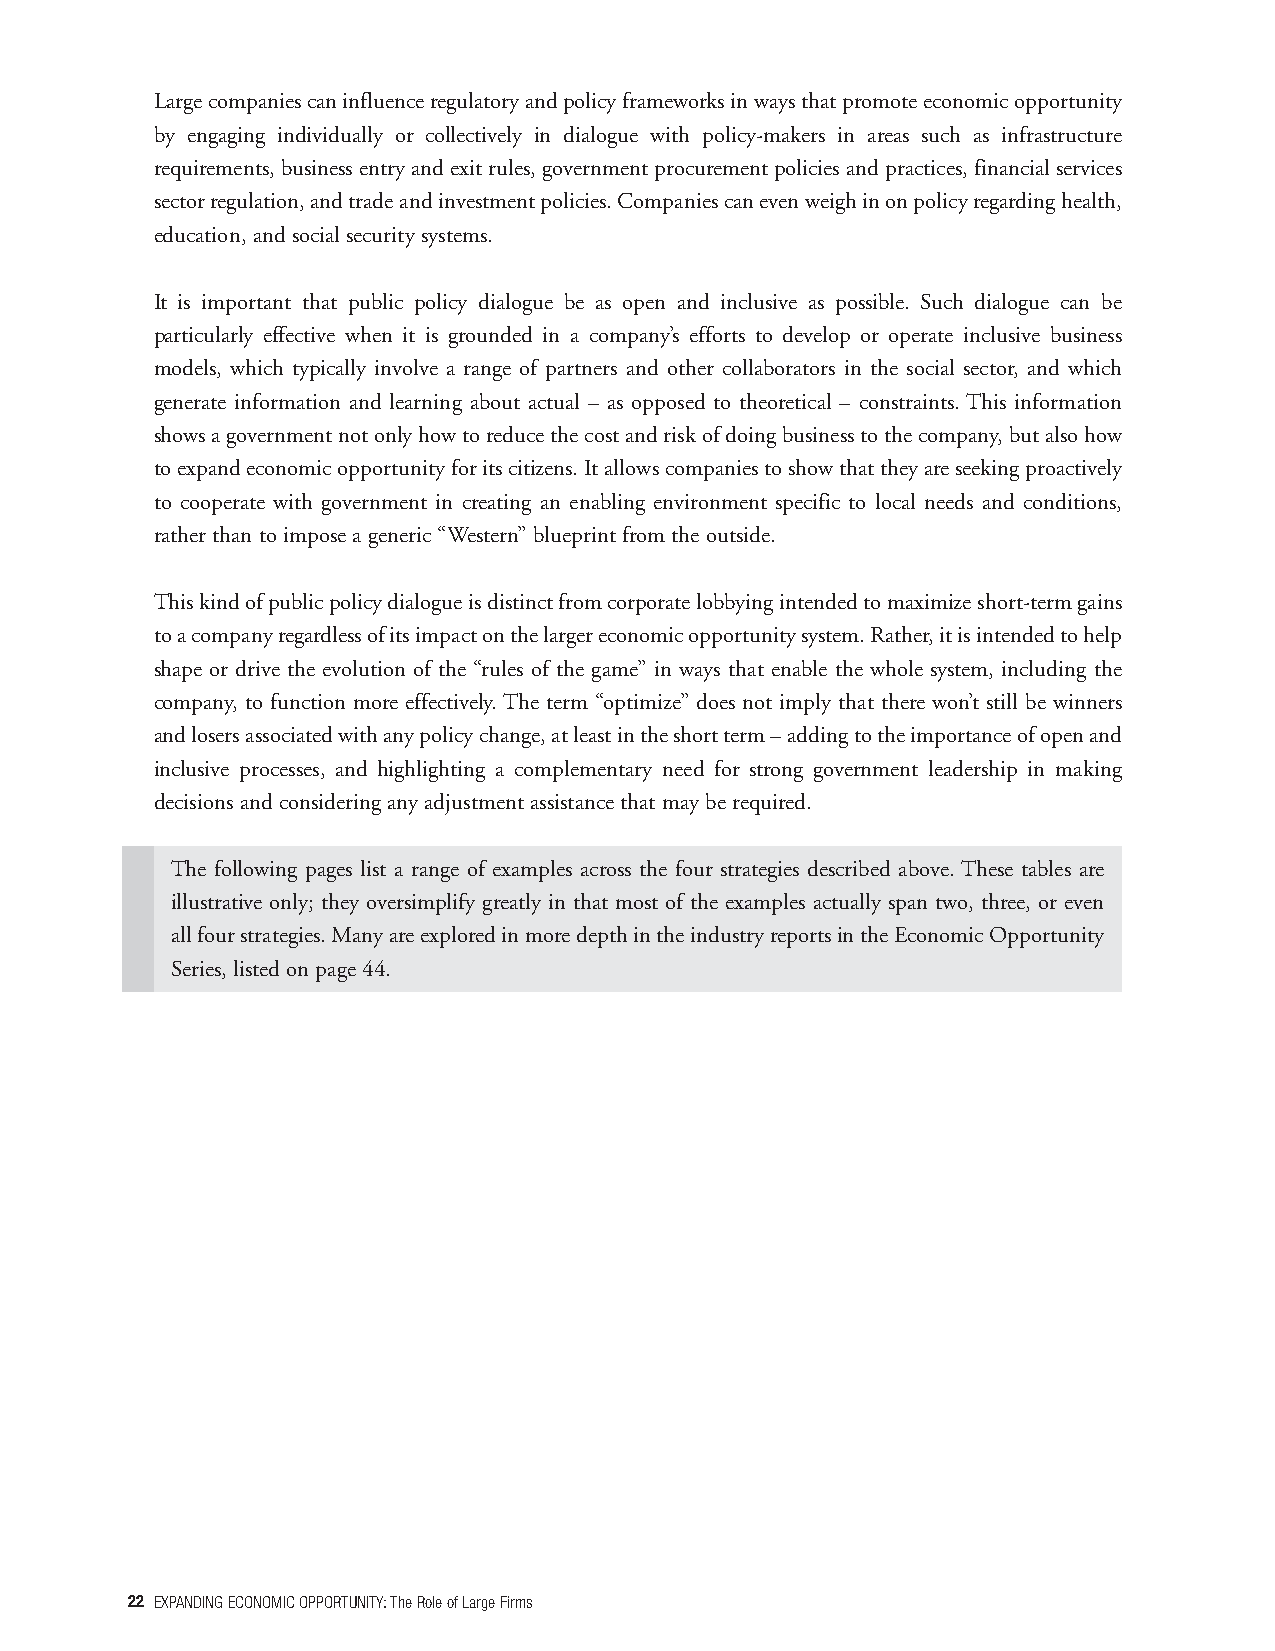
Largecompaniescaninfluenceregulatoryandpolicyframeworksinwaysthatpromoteeconomicopportunity
 by engaging individually or collectively in dialogue with policy-makers in areas such as infrastructure
 requirements,businessentryandexitrules,governmentprocurementpoliciesandpractices,financialservices
 sectorregulation,andtradeandinvestmentpolicies.Companiescanevenweighinonpolicyregardinghealth,
 education, and social security systems.
 It is important that public policy dialogue be as open and inclusive as possible. Such dialogue can be
 particularly effective when it is grounded in a company’s efforts to develop or operate inclusive business
 models, which typically involve a range of partners and other collaborators in the social sector, and which
 generate information and learning about actual – as opposed to theoretical – constraints. This information
 showsagovernmentnotonlyhowtoreducethecostandriskofdoingbusinesstothecompany,butalsohow
 toexpandeconomicopportunityforitscitizens.Itallowscompaniestoshowthattheyareseekingproactively
 to cooperate with government in creating an enabling environment specific to local needs and conditions,
 rather than to impose a generic “Western” blueprint from the outside.
 Thiskindofpublicpolicydialogueisdistinctfromcorporatelobbyingintendedtomaximizeshort-termgains
 toacompanyregardlessofitsimpactonthelargereconomicopportunitysystem.Rather,itisintendedtohelp
 shape or drive the evolution of the “rules of the game” in ways that enable the whole system, including the
 company, to function more effectively.The term “optimize” does not imply that there won’t still be winners
 andlosersassociatedwithanypolicychange,atleastintheshortterm–addingtotheimportanceofopenand
 inclusive processes, and highlighting a complementary need for strong government leadership in making
 decisions and considering any adjustment assistance that may be required.
 The following pages list a range of examples across the four strategies described above. These tables are
 illustrative only; they oversimplify greatly in that most of the examples actually span two, three, or even
 allfourstrategies.ManyareexploredinmoredepthintheindustryreportsintheEconomicOpportunity
 Series, listed on page 44.
 22 EXPANDINGECONOMICOPPORTUNITY:TheRoleofLargeFirms